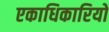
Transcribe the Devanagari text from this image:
एकाधिकारियो